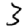
Digit: 3